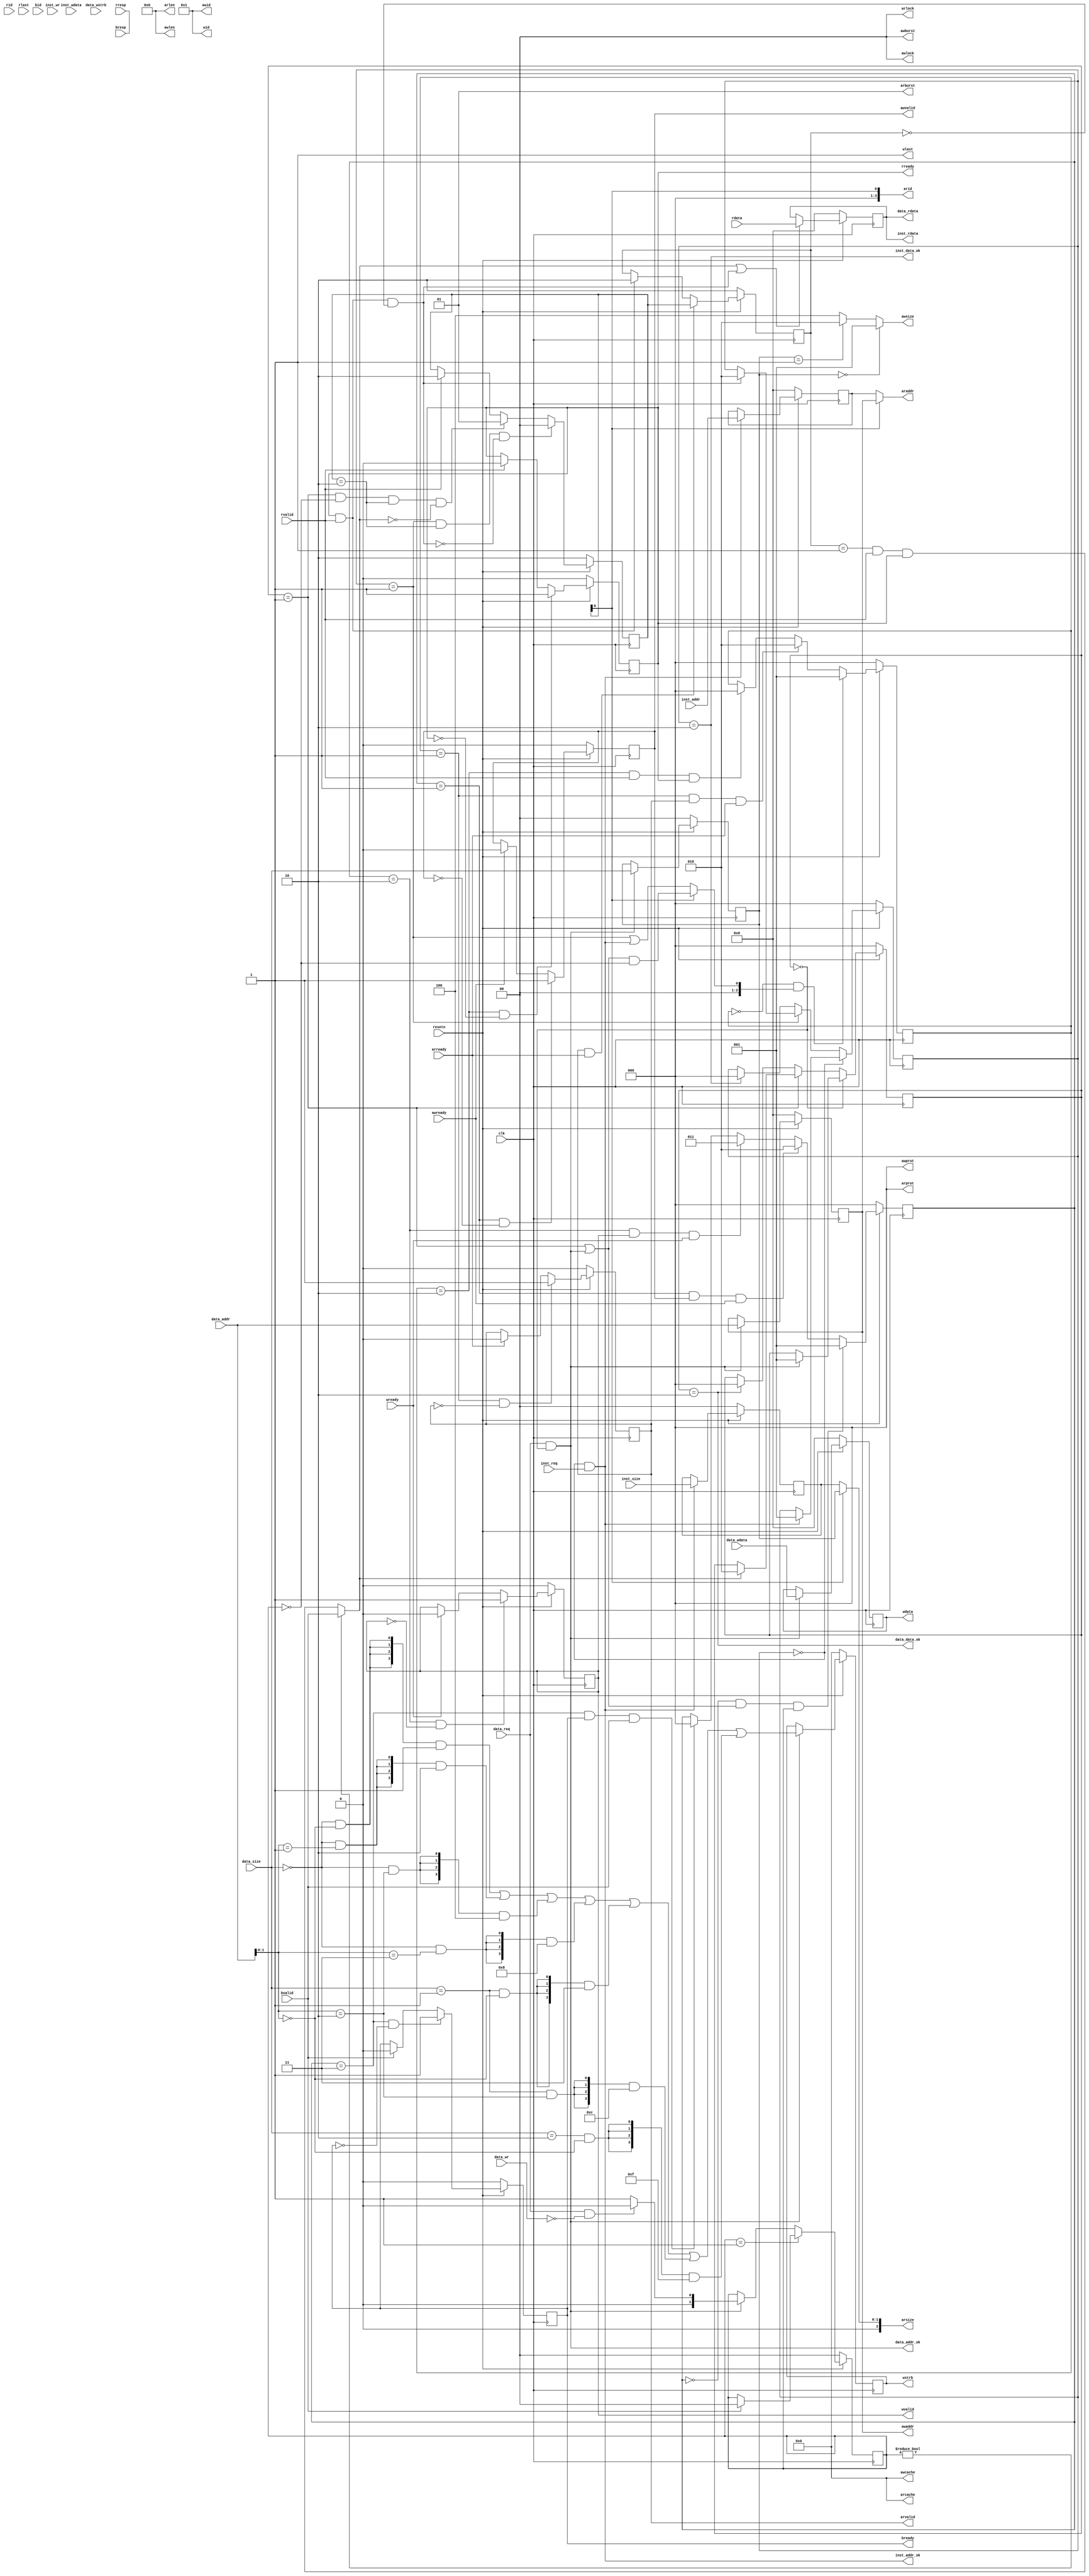
module cpu_axi_interface
(
	//input	[5:0] int,
    input         clk,
    input         resetn, 

    //------inst sram-like-------
    input          inst_req    ,
    input          inst_wr     ,
    input   [1 :0] inst_size   ,
    input   [31:0] inst_addr   ,
    input   [31:0] inst_wdata  ,
    output  [31:0] inst_rdata  ,
    output         inst_addr_ok,
    output         inst_data_ok,
    
    //------data sram-like-------
    input            data_req    ,
    input            data_wr     ,
    input     [1 :0] data_size   ,
    input     [31:0] data_addr   ,
    input     [31:0] data_wdata  ,
    input     [3:0 ] data_wstrb  ,
    output    [31:0] data_rdata  ,
    output           data_addr_ok,
    output           data_data_ok,

	//------debug------
	//output [31:0] 	debug_wb_pc,
	//output [3:0] 	debug_wb_rf_wen,
	//output [4:0] 	debug_wb_rf_wnum,
	//output [31:0] 	debug_wb_rf_wdata,

    //ar
    output  [3 :0] arid   ,
    output  [31:0] araddr,
    output  [7 :0] arlen  ,
    output  [2 :0] arsize ,
    output  [1 :0] arburst,
    output  [1 :0] arlock ,
    output  [3 :0] arcache,
    output  [2 :0] arprot ,
    output  reg    arvalid,
    input          arready,
    //r
    input [3 :0] rid    ,
    input [31:0] rdata  ,
    input [1 :0] rresp ,
    input        rlast ,
    input        rvalid ,
    output  reg  rready ,
    //aw
    output  [3 :0] awid   ,
    output  [31:0] awaddr ,
    output  [7 :0] awlen  ,
    output  [2 :0] awsize ,
    output  [1 :0] awburst,
    output  [1 :0] awlock ,
    output  [3 :0] awcache,
    output  [2 :0] awprot ,
    output  reg    awvalid,
    input          awready,
    //w
    output  [3 :0] wid    ,
    output  [31:0] wdata  ,
    output  [3 :0] wstrb  ,
    output         wlast  ,
    output  reg    wvalid ,
    input          wready ,
    //b
    input [3 :0] bid    ,
    input [1 :0] bresp  ,
    input        bvalid ,
    output  reg  bready 
);

/*assign  debug_wb_pc = cpu_debug_wb_pc;
assign  debug_wb_rf_wen = cpu_debug_wb_rf_wen;
assign  debug_wb_rf_wnum = cpu_debug_wb_rf_wnum;
assign  debug_wb_rf_wdata = cpu_debug_wb_rf_wdata;

wire    cpu_debug_wb_pc;
wire    cpu_debug_wb_rf_wen;
wire    cpu_debug_wb_rf_wnum;
wire    cpu_debug_wb_rf_wdata;

mycpu mycpu(
    aresetn		,
	aclk		,

    //------inst sram-like-------
    inst_req    ,
    inst_wr     ,
    inst_size   ,
    inst_addr   ,
    inst_rdata  ,
	inst_wdata  ,
    inst_addr_ok,
    inst_data_ok,
    
    //------data sram-like-------
    data_req    ,
    data_wr     ,
    data_size   ,
    data_addr   ,
    data_wdata  ,
    data_wstrb  ,
    data_rdata  ,
    data_addr_ok,
    data_data_ok,

	cpu_debug_wb_pc,
    cpu_debug_wb_rf_wen,
    cpu_debug_wb_rf_wnum,
    cpu_debug_wb_rf_wdata
	);*/
    assign aclk =clk;
    assign arlen    = 8'b0;
    assign arburst   = 2'b01;
    assign arlock   = 2'b0;
    assign arcache  = 4'b0;
    assign arprot   = 3'b0;

    assign rresp   = 2'b0;
    //assign rlast   = 1'b0;

    assign awid     = 3'b1;
    assign awlen    = 8'b0;
    assign awburst  = 2'b0;
    assign awlock   = 2'b0;
    assign awcache  = 4'b0;
    assign awprot   = 3'b0;

    assign wid      = 4'b1;
    assign wlast    = 1'b1;

    //assign bid      = 4'b0;/////????????
    assign bresp    = 2'b0;

    //rst
    assign rst = !resetn;

    //////sram //////data
    //mode
    reg [1:0] data_mode;
    always @(posedge aclk)
    begin
        if(rst)
        begin
            data_mode <= 1'b0;
        end
        else if(data_mode == 1'b1)
        begin
            if(bvalid == 1'b1)
            begin
                data_mode <= 1'b0;
            end
        end
        else if(mode_change)
        begin
            if(mode_read)
            begin
                data_mode <= 1'b0;
            end
            else
            begin
                data_mode <= 1'b1;
            end
        end
    end

    reg [2:0] data_work_state;
    always @(posedge aclk)
    begin
        if(rst)
        begin
            data_work_state <= 3'b0;
        end
        /*else if(mode_change)
        begin
            data_work_state <= 3'b0;
        end*/
        else if(data_work_state == 3'b0)
        begin
            if(data_addr_ok == 1'b1)
            begin
                data_work_state <= 3'b1;
            end
        end
        else if(data_work_state == 3'b1)
        begin
            if(data_data_ready == 1'b1)
            begin
                data_work_state <= 3'd2;
            end
        end
        else if(data_work_state == 3'd2)
        begin
            data_work_state <= 3'b0;
        end
    end

    wire    mode_change;
    assign  mode_change = data_req && (data_work_state == 3'b0);
    //reg [2:0] data_work_state_record;

    wire    mode_read;
    wire    mode_write;
    assign  mode_read   = data_req && ~data_wr;
    assign  mode_write  = data_req && data_wr;

    assign  data_addr_ok    = (data_work_state == 3'b0) && data_req;
    assign  data_data_ready = data_mode ? bvalid : ((source_reg == 2'b1) && rvalid && rready);
    assign  data_data_ok    = (data_work_state == 3'd2);
    assign  data_rdata      = data;

    reg [31:0]data;
    always @(posedge aclk)
    begin
        if(rst)
        begin
            data <= 32'b0;
        end
        else if(data_data_ready || inst_data_ready)
        begin
            data <= rdata;
        end
    end

    reg [31:0] data_addr_reg;
    always @(posedge aclk)
    begin
        if(rst)
        begin
            data_addr_reg <= 32'b0;
        end
        else if(data_addr_ok)
        begin
            data_addr_reg <= data_addr;
        end
    end

    reg [31:0] data_wdata_reg;
    always @(posedge aclk)
    begin
        if(rst)
        begin
            data_wdata_reg <= 32'b0;
        end
        else if(data_addr_ok)
        begin
            data_wdata_reg <= data_wdata;
        end
    end

    reg [3:0] data_wstrb_reg;
    always @(posedge aclk)
    begin
        if(rst)
        begin
            data_wstrb_reg <= 4'b0;
        end
        else if(data_addr_ok)
        begin
            data_wstrb_reg <= data_wstrb;
        end
    end

    reg [1:0] data_size_reg;
    always @(posedge aclk)
    begin
        if(rst)
        begin
            data_size_reg <= 2'b0;
        end
        else if(data_addr_ok)
        begin
            data_size_reg <= data_size;
        end
    end

    wire[3:0] task_wstrb;
    reg [3:0] task_wstrb_reg;
    always @(posedge aclk)
    begin
        if(rst)
        begin
            task_wstrb_reg <= 4'b0;
        end
        else if(data_addr_ok)
        begin
            task_wstrb_reg <= task_wstrb;
        end
    end
    assign task_wstrb = ({4{(data_size == 2'b00) && (data_addr[1:0] == 2'b00)}} & 4'b0001) |
                        ({4{(data_size == 2'b00) && (data_addr[1:0] == 2'b01)}} & 4'b0010) |
                        ({4{(data_size == 2'b00) && (data_addr[1:0] == 2'b10)}} & 4'b0100) |
                        ({4{(data_size == 2'b00) && (data_addr[1:0] == 2'b11)}} & 4'b1000) |
                        ({4{(data_size == 2'b01) && (data_addr[1:0] == 2'b00)}} & 4'b0011) |
                        ({4{(data_size == 2'b01) && (data_addr[1:0] == 2'b10)}} & 4'b1100) |
                        ({4{(data_size == 2'b10) && (data_addr[1:0] == 2'b00)}} & 4'b1111);

    //////sram //////inst
    reg [2:0] inst_work_state;
    always @(posedge aclk)
    begin
        if(rst)
        begin
            inst_work_state <= 3'b0;
        end
        else if(inst_work_state == 3'b0)
        begin
            if(inst_addr_ok == 1'b1)
            begin
                inst_work_state <= 3'b1;
            end
        end
        else if(inst_work_state == 3'b1)
        begin
            if(inst_data_ready == 1'b1)
            begin
                inst_work_state <= 3'd2;
            end
        end
        else if(inst_work_state == 3'd2)
        begin
            inst_work_state <= 3'b0;
        end
    end

    assign  inst_addr_ok    = (inst_work_state == 3'b0) && inst_req;
    assign  inst_data_ready = rready && rvalid && (source_reg == 2'b0);
    assign  inst_data_ok    = (inst_work_state == 3'd2);
    assign  inst_rdata      = data;

    reg [31:0] inst_addr_reg;
    always @(posedge aclk)
    begin
        if(rst)
        begin
            inst_addr_reg <= 32'b0;
        end
        else if(inst_addr_ok)
        begin
            inst_addr_reg <= inst_addr;
        end
    end

    reg [1:0] inst_size_reg;
    always @(posedge aclk)
    begin
        if(rst)
        begin
            inst_size_reg <= 2'b0;
        end
        else if(inst_addr_ok)
        begin
            inst_size_reg <= inst_size;
        end
    end

    ///////axi //////write
    wire write_allow;
    assign write_allow = 1'b1;

    reg [2:0] axi_write_state;
    always @(posedge aclk)
    begin
        if(rst)
        begin
            axi_write_state <= 3'd0;
        end
        else if((axi_write_state == 3'd0) && ((data_work_state == 3'd1) || (data_addr_ok == 1'b1)) && data_mode)
        begin
            axi_write_state <= 3'd1;
        end
        else if((axi_write_state == 3'd1) && (awvalid == 1'b1) && (awready == 1'b1))
        begin
            axi_write_state <= 3'd2;
        end
        else if((axi_write_state == 3'd2) && (wvalid == 1'b1) && (wready == 1'b1))
        begin
            axi_write_state <= 3'd3;
        end
        else if((axi_write_state == 3'd3) && (bready == 1'b1) && (bvalid == 1'b1))
         begin
            axi_write_state <= 3'd0;
        end
    end

    assign awaddr   = data_addr_reg;
    assign awsize   =   (data_size_reg == 2'd0) ? 3'd1 :
                        (data_size_reg == 2'd1) ? 3'd2 :
                        3'd4;

    always @(posedge aclk)
    begin
        if(rst)
        begin
            awvalid <= 1'b0;
        end
        else if((axi_write_state == 3'd1) && (awvalid == 1'b0))
        begin
            awvalid <= 1'b1;
        end
        else if(awready == 1'b1)
        begin
            awvalid <= 1'b0;
        end
    end

    assign wdata    = data_wdata_reg;
    assign wstrb    = task_wstrb_reg;

    always @(posedge aclk)
    begin
        if(rst)
        begin
            wvalid <= 1'b0;
        end
        else if((axi_write_state == 3'd2) && (wvalid == 1'b0))
        begin
            wvalid <= 1'b1;
        end
        else if(wready == 1'b1)
        begin
            wvalid <= 1'b0;
        end
    end

    always @(posedge aclk)
    begin
        if(rst)
        begin
            bready <= 1'b0;
        end
        else if((axi_write_state == 3'd3) && (bready == 1'b0))
        begin
            bready <= 1'b1;
        end
        else if(bvalid == 1'b1)
        begin
            bready <= 1'b0;
        end
    end

    ///////axi //////read
    reg [1:0]source;
    always @(posedge aclk)
    begin
        if(rst)
        begin
            source <= 2'd2;
        end
		else if((inst_work_state == 1'b1) && (source == 2'd2) && !inst_data_ready)
        begin
            source <= 2'd0;
        end
		else if((data_work_state == 1'b1) && (data_mode == 1'b0) && (source == 2'd2) && !data_data_ready)
        begin
            source <= 2'd1;
        end
        else if(rvalid == 1'b1)
        begin
            source <= 2'd2;
        end
    end

    reg[1:0] source_reg;
    always @(posedge aclk)
    begin
        if(rst)
        begin
            source_reg <= 2'd2;
        end
        else if(arvalid && arready)
        begin
            source_reg <= source;
        end
        else if(rvalid && rready)
        begin
            source_reg <= 2'd2;
        end
    end


    wire [2:0] state_input;
    assign state_input = arid ? (((data_work_state == 3'd1) || (data_addr_ok == 1'b1)) && (data_mode == 1'b0)) : ((inst_work_state == 3'd1) || (inst_addr_ok == 1'b1));

    reg [2:0] axi_read_state;
    always @(posedge aclk)
    begin
        if(rst)
        begin
            axi_read_state <= 3'd0;
        end
        else if((axi_read_state == 3'd0) && state_input)
        begin
            axi_read_state <= 3'd1;
        end
        else if((axi_read_state == 3'd1) && (arvalid == 1'b1) && (arready == 1'b1))
        begin
            axi_read_state <= 3'd2;
        end
        else if((axi_read_state == 3'd2) && (rvalid == 1'b1) && (rready == 1'b1))
         begin
            axi_read_state <= 3'd0;
        end
    end

    assign arid     = source[0];
    assign araddr  = arid ? data_addr_reg : inst_addr_reg;
    assign arsize   = arid ? data_size_reg : inst_size_reg;

    always @(posedge aclk)
    begin
        if(rst)
        begin
            arvalid <= 1'b0;
        end
        else if((axi_read_state == 3'd1) && (arvalid == 1'b0))
        begin
            arvalid <= 1'b1;
        end
        else if(arready == 1'b1)
        begin
            arvalid <= 1'b0;
        end
    end

    always @(posedge aclk)
    begin
        if(rst)
        begin
            rready <= 1'b0;
        end
        else if((axi_read_state == 3'd2) && (rready == 1'b0))
        begin
            rready <= 1'b1;
        end
        else if(rvalid == 1'b1)
        begin
            rready <= 1'b0;
        end
    end

endmodule